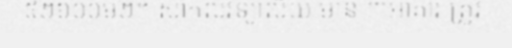
៥២៦០០ម២។ សាកលវិទ្យាល័យ មាន ៣អាគារ ត្រូវ